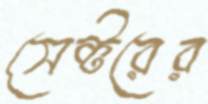
সেক্টরের